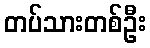
တပ်သားတစ်ဦး